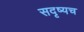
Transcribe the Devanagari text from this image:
सदृष्यच